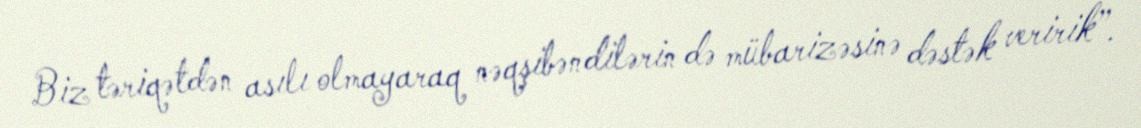
Biz təriqətdən asılı olmayaraq nəqşibəndilərin də mübarizəsinə dəstək veririk”.